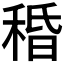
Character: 𥟴